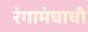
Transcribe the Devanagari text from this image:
रंगामंचाची